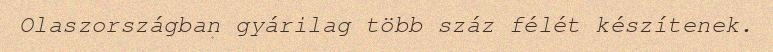
Olaszországban gyárilag több száz félét készítenek.